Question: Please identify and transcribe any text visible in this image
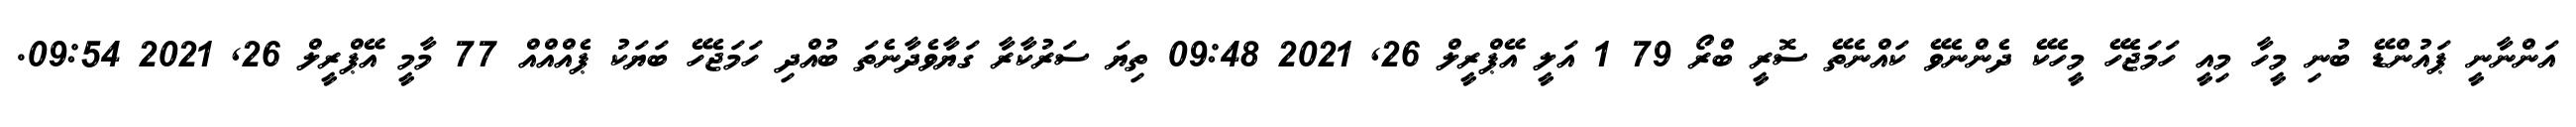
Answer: އަންނާނީ ޕައުންޑޭ ބުނި މީހާ މިއީ ހަމަޖެހޭ މީހެކޭ ދެންނެވޭ ކައްނެތޭ ސޮރީ ބްރޯ 79 1 އަލީ އޭޕްރީލް 26, 2021 09:48 ތިޔަ ސަރުކާރާ ގަޔާވެދާނެތަ ބުއްދި ހަމަޖެހޭ ބަޔަކު ޕެއްއްއް 77 މާމީ އޭޕްރީލް 26, 2021 09:54.